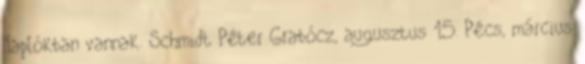
Naplókban vannak. Schmidt Péter Grabócz, augusztus 15. Pécs, március